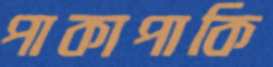
পাকাপাকি